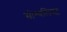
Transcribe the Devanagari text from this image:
सोश्यलिस्ट